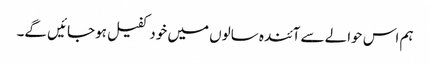
ہم اس حوالے سے آئندہ سالوں میں خود کفیل ہوجائیں گے۔